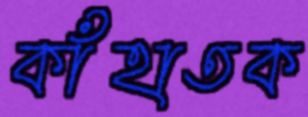
কাঁহাতক